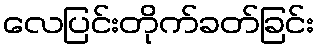
လေပြင်းတိုက်ခတ်ခြင်း